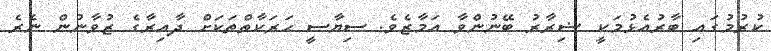
ކުރުމުގައި ބާރުއެޅުމަކީ ޟިރާރު ބޭނުންވާ އަމާޒެވެ. ސިޔާސީ ޙަރަކާތްތަކަށް ދާއިރާގެ ޒުވާނުން ނެރެ